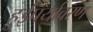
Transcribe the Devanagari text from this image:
हुईंपर्यावरण